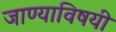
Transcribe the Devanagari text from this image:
जाण्याविषयी